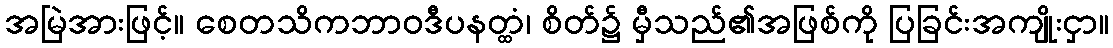
အမြဲအားဖြင့်။ စေတသိကဘာဝဒီပနတ္ထံ၊ စိတ်၌ မှီသည်၏အဖြစ်ကို ပြခြင်းအကျိုးငှာ။